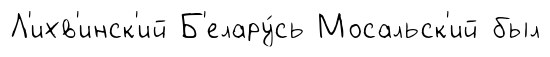
Л'ихв'инск'ий Б'елару́сь Мосальск'ий был